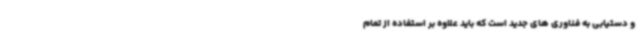
و دستیابی به فناوری های جدید است که باید علاوه بر استفاده از تمام